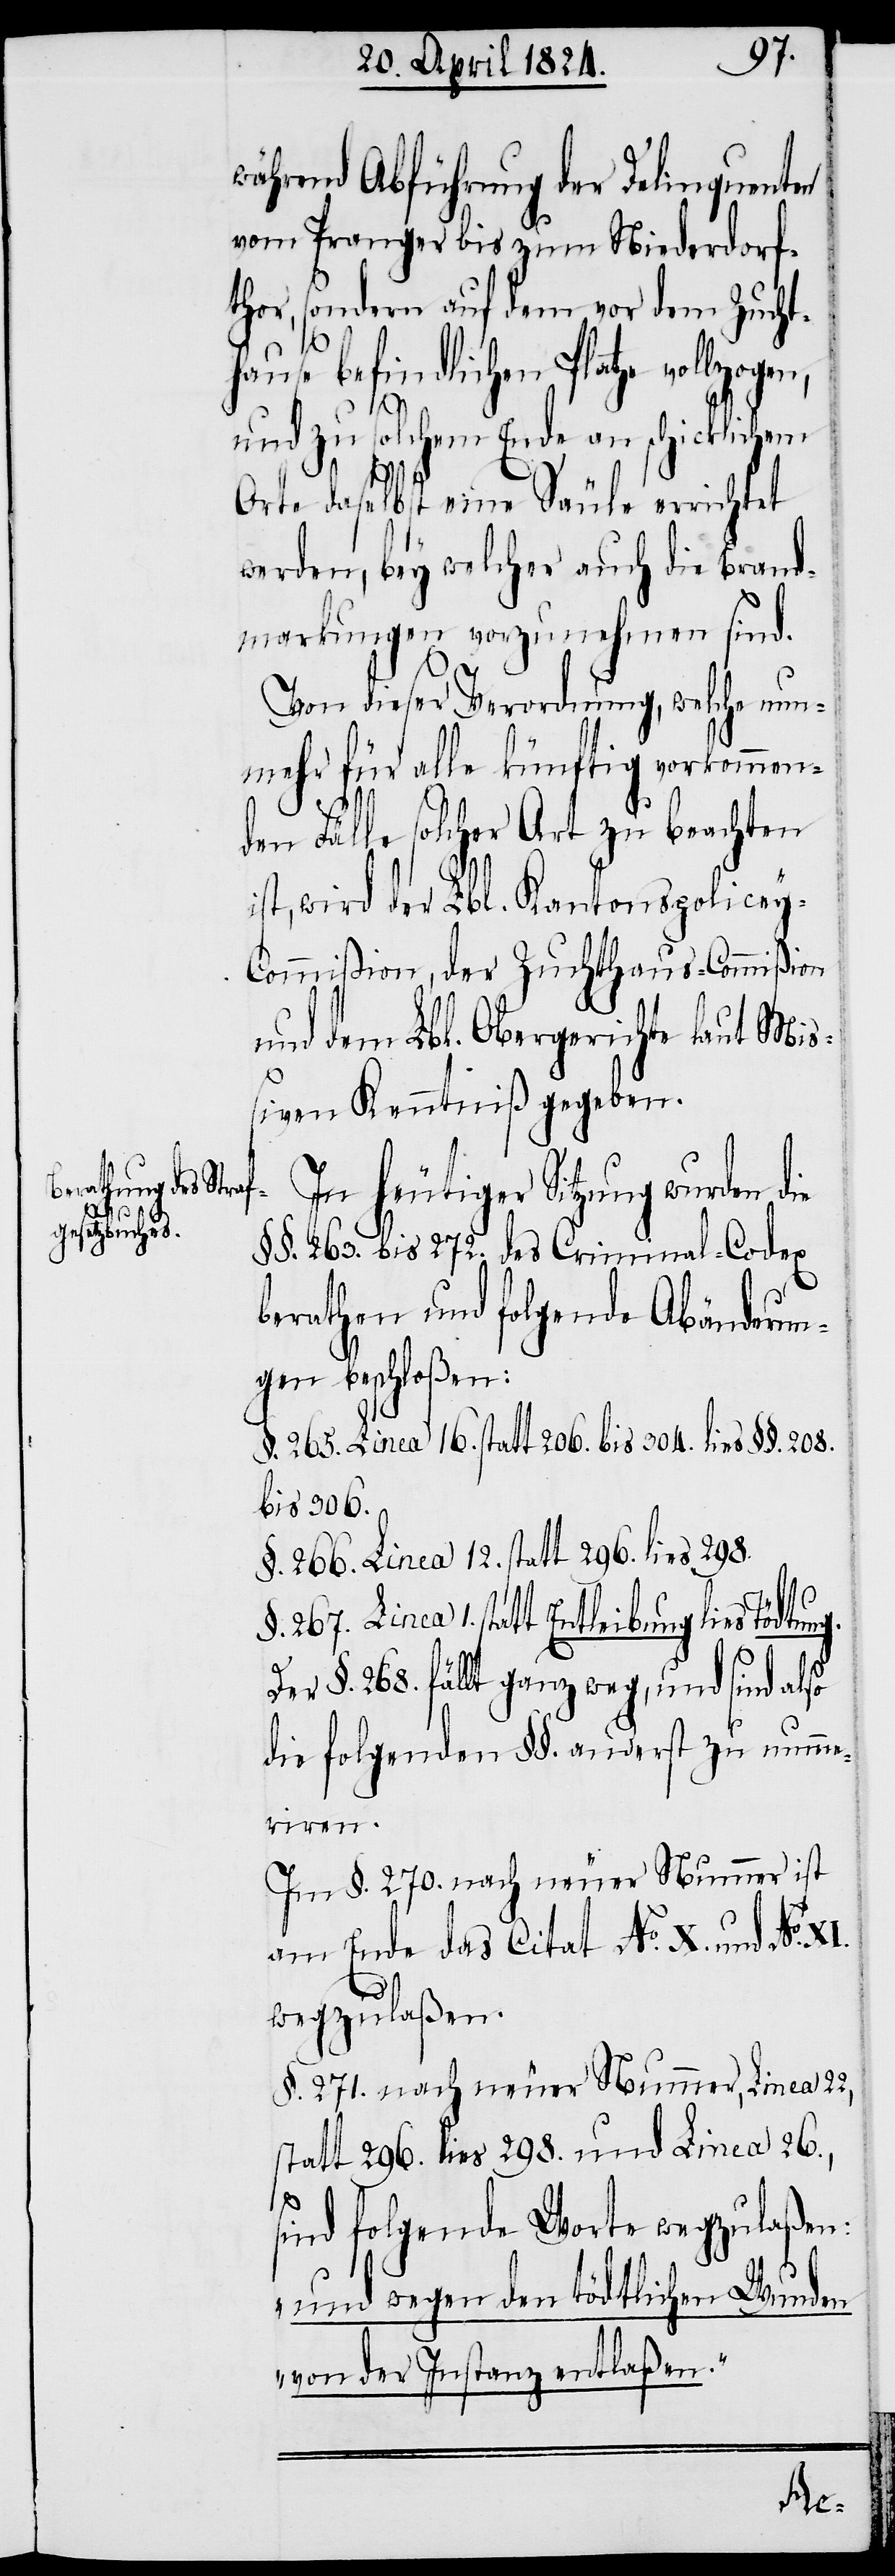
während Abführung der Delinquenten
vom Pranger bis zum Niederdorf¬
thor, sondern auf dem vor dem Zucht¬
hause befindlichen Platze vollzogen,
und zu solchem Ende an schicklichem
Orte daselbst eine Säule errichtet
werden, bey welcher auch die Brand¬
markungen vorzunehmen sind.
Von dieser Verordnung, welche nun¬
mehr für alle künftig vorkommen¬
den Fälle solcher Art zu beachten
ist, wird der Lbl. Kantonspolicey-C¬
ommißion, der Zuchthaus-Commißion
und dem Lbl. Obergerichte laut Miß¬
iven Kenntniß gegeben.
In heutiger Sitzung wurden d¬
ng.
§§. 263. bis 272. des Criminal-Codex
berathen und folgende Abänderun¬
gen beschloßen:
§. 265. Linea 16. statt 206. bis 304. lies §§. 208.
bis 306.
§. 266. Linea 12. statt 296. lies 298.
1. statt Entleibung lies Tödtu¬
Der §. 268. fällt ganz weg, und sind also
die folgenden §§. anderst zu numme¬
riren.
Im §. 270. nach neuer Nummer ist
am Ende das Citat No. X. und No. XI.
wegzulaßen.
§. 271. nach neuer Nummer, Linea 22,
statt 296. lies 298. und Linea 26.,
sind folgende Worte wegzulaßen:
„und wegen den tödtlichen Wunden
von der Instanz entlaßen“.